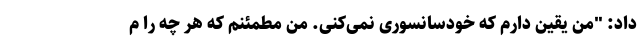
داد: "من یقین دارم که خودسانسوری نمی‌کنی. من مطمئنم که هر چه را م